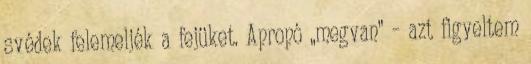
svédek felemeljék a fejüket. Apropó „megvan” – azt figyeltem